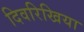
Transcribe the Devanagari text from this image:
दिवरिखिया